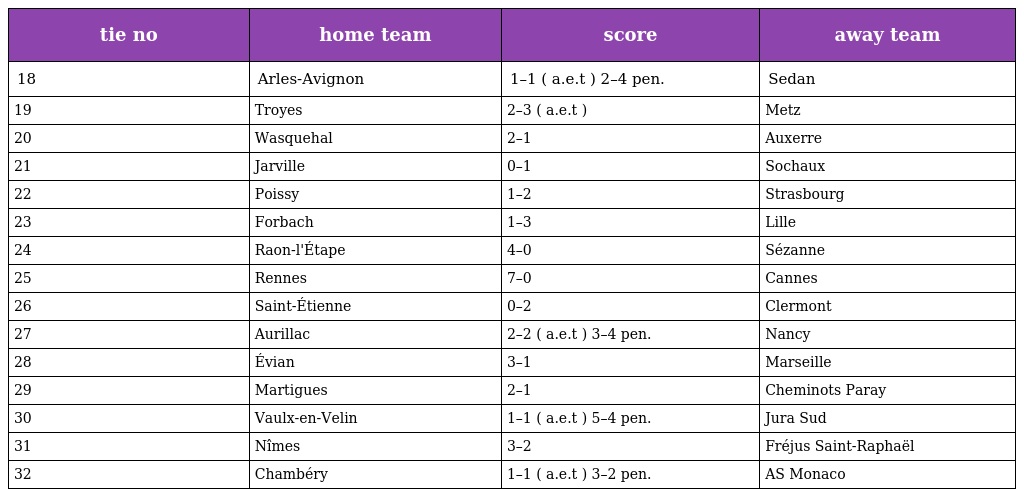
| tie no | home team | score | away team |
 | --- | --- | --- | --- |
 | 18 | Arles-Avignon | 1–1 ( a.e.t ) 2–4 pen. | Sedan |
 | 19 | Troyes | 2–3 ( a.e.t ) | Metz |
 | 20 | Wasquehal | 2–1 | Auxerre |
 | 21 | Jarville | 0–1 | Sochaux |
 | 22 | Poissy | 1–2 | Strasbourg |
 | 23 | Forbach | 1–3 | Lille |
 | 24 | Raon-l'Étape | 4–0 | Sézanne |
 | 25 | Rennes | 7–0 | Cannes |
 | 26 | Saint-Étienne | 0–2 | Clermont |
 | 27 | Aurillac | 2–2 ( a.e.t ) 3–4 pen. | Nancy |
 | 28 | Évian | 3–1 | Marseille |
 | 29 | Martigues | 2–1 | Cheminots Paray |
 | 30 | Vaulx-en-Velin | 1–1 ( a.e.t ) 5–4 pen. | Jura Sud |
 | 31 | Nîmes | 3–2 | Fréjus Saint-Raphaël |
 | 32 | Chambéry | 1–1 ( a.e.t ) 3–2 pen. | AS Monaco |